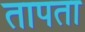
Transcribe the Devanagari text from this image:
तापता